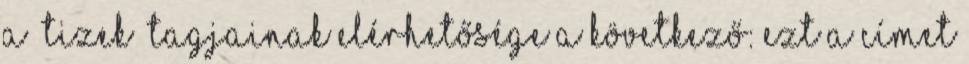
A „Tizek” tagjainak elérhetősége a következő: Ezt a címet